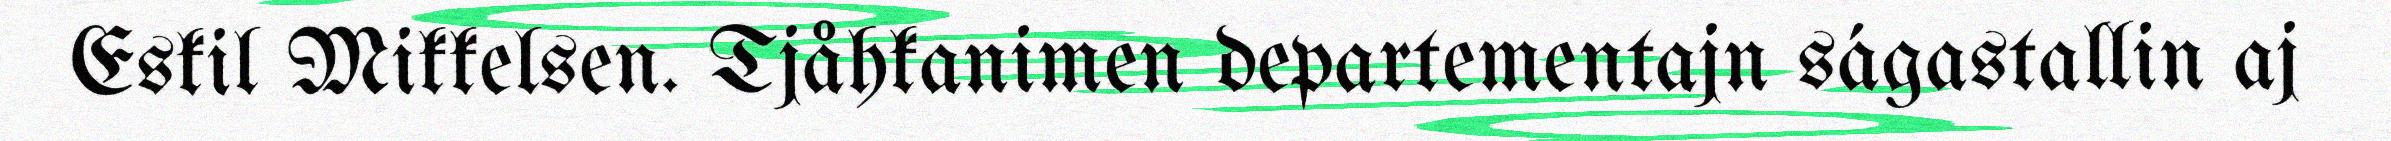
Eskil Mikkelsen. Tjåhkanimen departementajn ságastallin aj